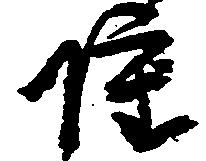
雖